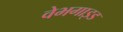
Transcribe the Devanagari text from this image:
वेभगाइड